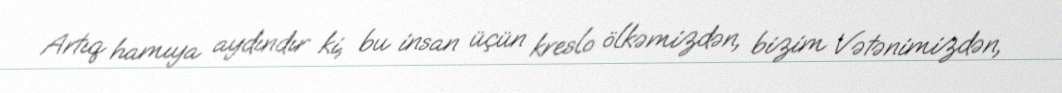
Artıq hamıya aydındır ki, bu insan üçün kreslo ölkəmizdən, bizim Vətənimizdən,